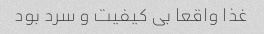
غذا واقعا بی کیفیت و سرد بود